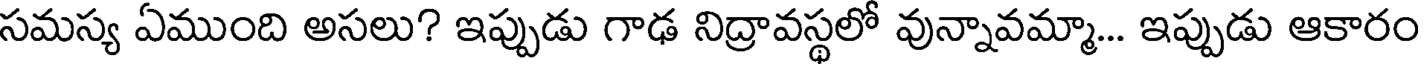
సమస్య ఏముంది అసలు? ఇప్పుడు గాఢ నిద్రావస్థలో వున్నావమ్మా... ఇప్పుడు ఆకారం